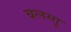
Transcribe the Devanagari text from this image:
बलग्गु